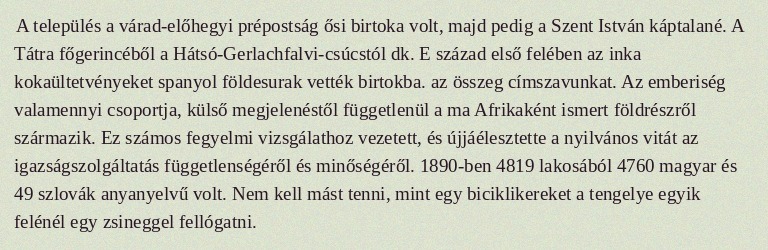
A település a várad-előhegyi prépostság ősi birtoka volt, majd pedig a Szent István káptalané. A Tátra főgerincéből a Hátsó-Gerlachfalvi-csúcstól dk. E század első felében az inka kokaültetvényeket spanyol földesurak vették birtokba. az összeg címszavunkat. Az emberiség valamennyi csoportja, külső megjelenéstől függetlenül a ma Afrikaként ismert földrészről származik. Ez számos fegyelmi vizsgálathoz vezetett, és újjáélesztette a nyilvános vitát az igazságszolgáltatás függetlenségéről és minőségéről. 1890-ben 4819 lakosából 4760 magyar és 49 szlovák anyanyelvű volt. Nem kell mást tenni, mint egy biciklikereket a tengelye egyik felénél egy zsineggel fellógatni.